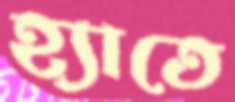
হ্যাতে